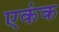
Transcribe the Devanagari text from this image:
एकंक